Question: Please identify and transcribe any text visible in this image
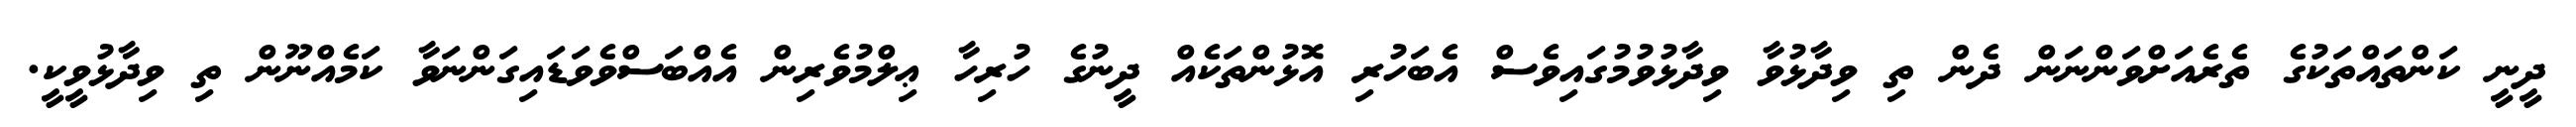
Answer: ދީނީ ކަންތައްތަކުގެ ތެރެއަށްވަންނަން ދެން ތި ވިދާޅުވާ ވިދާޅުވުމުގައިވެސް އެބަހުރި އޮޅުންތަކެއް ދީނުގެ ހުރިހާ ޢިލްމުވެރިން އެއްބަސްވެވަޑައިގަންނަވާ ކަމެއްނޫން ތި ވިދާޅުވީކީ.